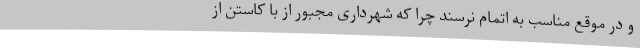
و در موقع مناسب به اتمام نرسند چرا که شهرداری مجبور از با کاستن از